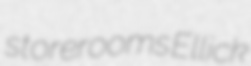
storerooms Ellick